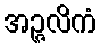
အဉ္ဇလိကံ